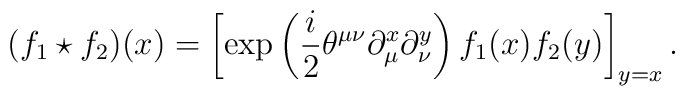
(f_1\star f_2)(x)=\left[\exp\left(\frac{i}{2}\theta^{\mu\nu}\partial^x_{\mu}\partial^y_{\nu}\right)f_1(x)f_2(y)\right]_{y=x}.